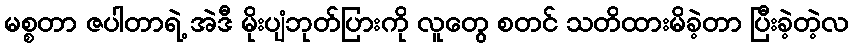
မစ္စတာ ဇပါတာရဲ့ အဲဒီ မိုးပျံဘုတ်ပြားကို လူတွေ စတင် သတိထားမိခဲ့တာ ပြီးခဲ့တဲ့လ